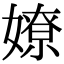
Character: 嫽